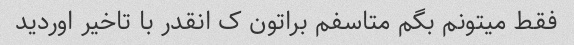
فقط میتونم بگم متاسفم براتون ک انقدر با تاخیر اوردید